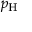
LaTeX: p _ { \mathrm { H } }